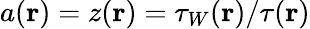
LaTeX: a(\mathbf{r})=z(\mathbf{r})=\tau_{W}(\mathbf{r})/\tau(\mathbf{r})